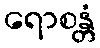
ရောစန္တံ